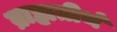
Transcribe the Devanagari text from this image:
ब्राह्मतीर्थ